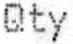
QTY